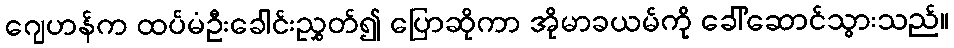
ဂျေဟန်က ထပ်မံဦးခေါင်းညွှတ်၍ ပြောဆိုကာ အိုမာခယမ်ကို ခေါ်ဆောင်သွားသည်။